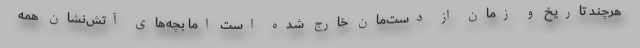
هرچند تاریخ و زمان از دست‌مان خارج شده است اما بچه‌های آتش‌نشان همه